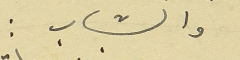
والشباب :